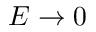
E \to 0